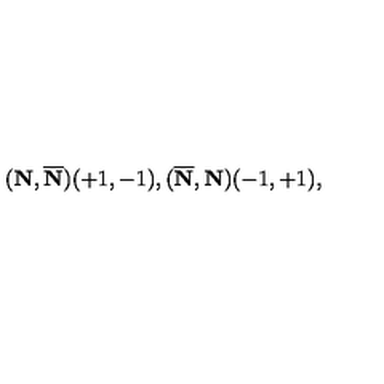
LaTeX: ( { \bf N } , { \overline { { \bf N } } } ) ( + 1 , - 1 ) , ( { \overline { { \bf N } } } , { { \bf N } } ) ( - 1 , + 1 ) ,